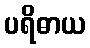
ပရိဓာယ